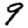
Digit: 9